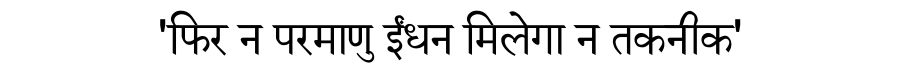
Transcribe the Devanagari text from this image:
'फिर न परमाणु ईंधन मिलेगा न तकनीक'